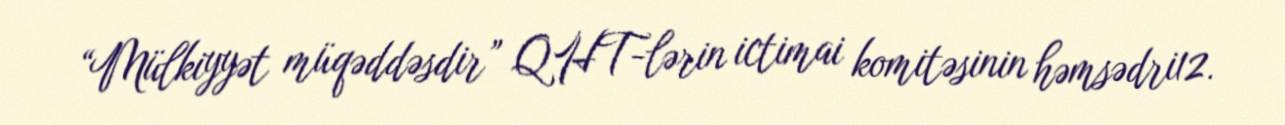
“Mülkiyyət müqəddəsdir” QHT-lərin ictimai komitəsinin həmsədri12.